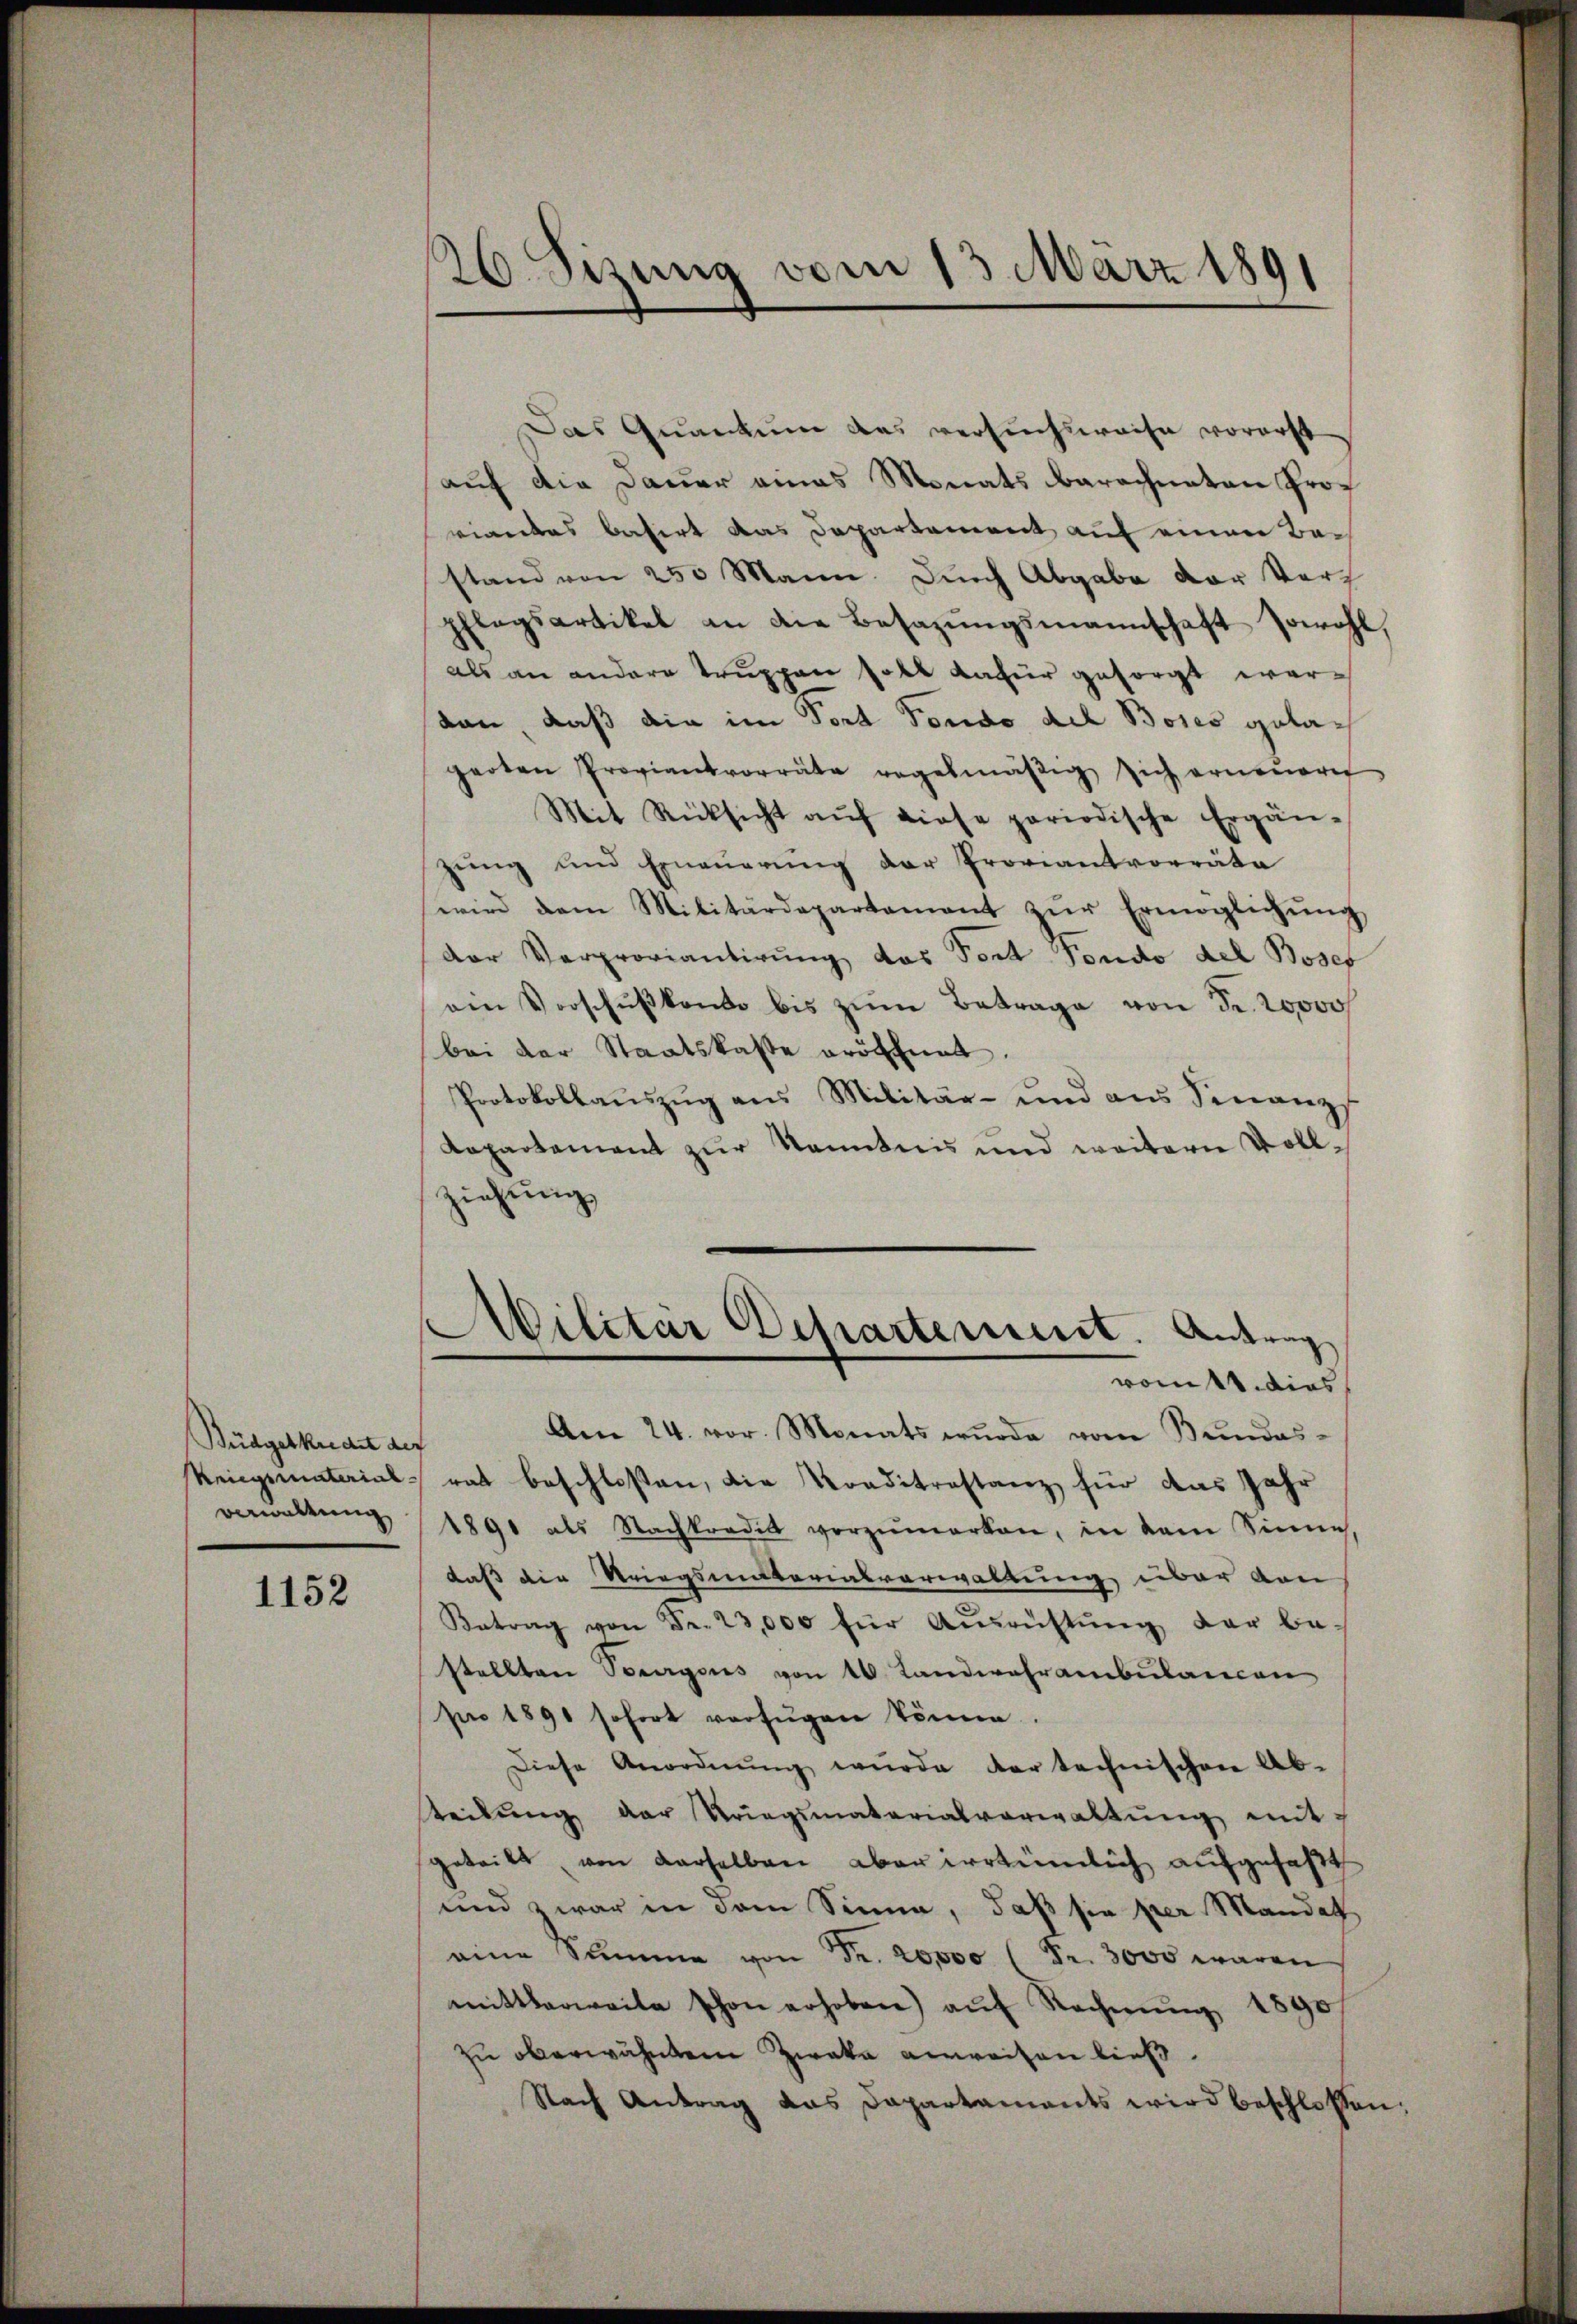
Büdgetkredit der
Verwaltung

1152

26. Sizung vom 13. März 1891

Das Quantum das versuchsweise vorerst
auf die Dauer eines Monats berechneten Prof
riantes basirt das Departement auf einen Bestand von 250 Mann. Durch Abgabe der Vorz
pflegsartikel an die Besazŭngsmannschaft sowohl,
als an andere Truppen soll dafür gesorgt werkan, daß die im Dort Fondo del Boses gelaharten Proviantvorräte regelmäβig sich erneuern
Mit Rücksicht aŭf diese periodische Ergän-
zŭng und Erneŭerŭng der Proviantvorräte
wird dem Militärdepartement zŭr Ermöglichŭng
der Verproviantirung das Post Fondo del Bosef
ein Vorschŭβkonto bis zŭm Betrage von Fr. 20000f
bei der Staatskaste eröffnet.
Protokollauszug aus Militär- und aus Finanzs
Lapartement zur Kenntnis und weitern Vollziehung
a
Militär Departement. Antrag
vom 11. dies
Am 24. vor. Monats wurde vom Bundes-
Kriegsmaterialrat beschloßen, die Konditrastanz für das Jahr
1891 als Nachkredit vorzumerken, in dem Sinne,
daß die Kriegsmitterialverwaltung über von
Betrag von Fr. 23,000 für Aŭsrichtŭng der be-
stellten Sorgens von 16. Landwehrambulanien
pro 1891 sofort verfügen könne.
Diese Anordnŭng würde der technischen Ab-
teilung der Kriegsmaterialverwaltŭng mit
geteilt, von derselben aber irrtümlich aufgefaßt
und zwar in dem Sinne, daß sie per Mandat
eine Summe von Fr. 20,000 (Fr. 3000 waren
mittlerweite schon erhoben) aŭf Rechnŭng 1890
zu oberwähntem Zweka anweisen ließ.
Nach Antrag das Dapartaments wird beschlossen.